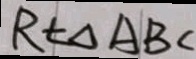
R t \Delta A B C